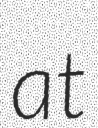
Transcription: at